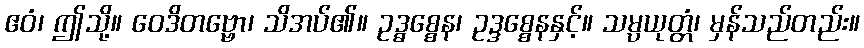
ဧဝံ၊ ဤသို့။ ဝေဒိတဗ္ဗော၊ သိအပ်၏။ ဥဒ္ဓစ္စေန၊ ဥဒ္ဒစ္စေနနှင့်။ သမ္ပယုတ္တံ၊ မှန်သည်တည်း။